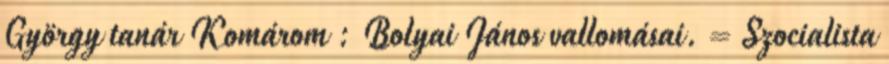
György tanár Komárom : Bolyai János vallomásai. = Szocialista